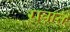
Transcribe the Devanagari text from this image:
रावान